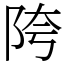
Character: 陓